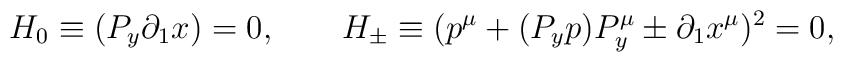
\qquad H_0\equiv(P_y\partial_1 x)=0, \qquad H_\pm\equiv(p^\mu+(P_y p)P^\mu_y\pm\partial_1 x^\mu)^2=0,